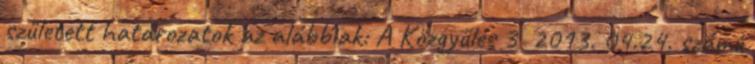
született határozatok az alábbiak: A Közgyűlés 3 2013. 04.24. számú